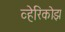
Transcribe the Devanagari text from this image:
व्हेरिकोझ